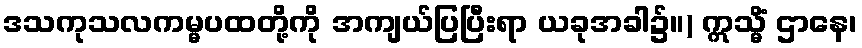
ဒသကုသလကမ္မပထတို့ကို အကျယ်ပြပြီးရာ ယခုအခါ၌။) ဣသ္မိံ ဌာနေ၊